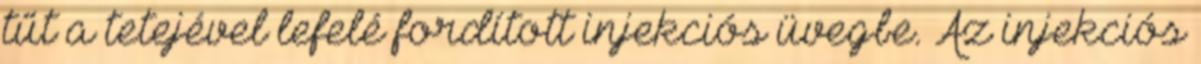
tűt a tetejével lefelé fordított injekciós üvegbe. Az injekciós